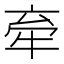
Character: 𪺮